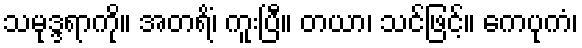
သမုဒ္ဒရာကို။ အတရိံ၊ ကူးပြီ။ တယာ၊ သင်ဖြင့်။ ကေပုကံ၊